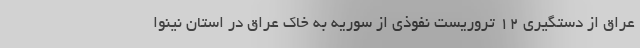
عراق از دستگیری ۱۲ تروریست نفوذی از سوریه به خاک عراق در استان نینوا